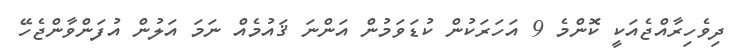
ދިވެހިރާއްޖެއަކީ ކޮންމެ 9 އަހަރަކުން ކުޑަވަމުން އަންނަ ޤައުމެއް ނަމަ އަލުން އުފަންވާންޖެހޭ